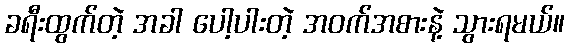
ခရီးထွက်တဲ့ အခါ ပေါ့ပါးတဲ့ အဝက်အစားနဲ့ သွားရမယ်။